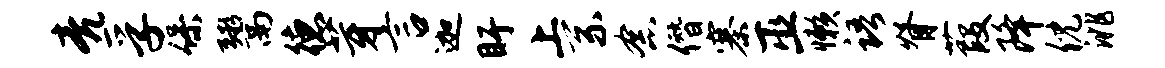
亮孚保鬻德芽言迦盱上系念僭寨巫懒语脊葭降倪洮